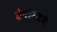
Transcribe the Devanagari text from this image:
डेपोमध्ये